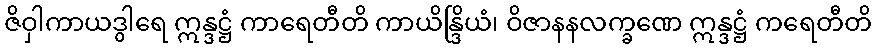
ဇိဝှါကာယဒွါရေ ဣန္ဒဋ္ဌံ ကာရေတီတိ ကာယိန္ဒြိယံ၊ ဝိဇာနနလက္ခဏေ ဣန္ဒဋ္ဌံ ကရေတီတိ